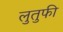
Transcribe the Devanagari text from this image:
लुतुफी